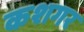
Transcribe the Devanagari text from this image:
कशगर